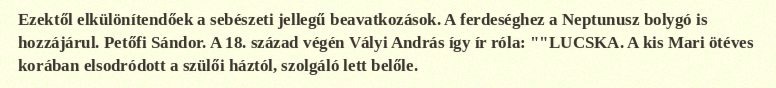
Ezektől elkülönítendőek a sebészeti jellegű beavatkozások. A ferdeséghez a Neptunusz bolygó is hozzájárul. Petőfi Sándor. A 18. század végén Vályi András így ír róla: ""LUCSKA. A kis Mari ötéves korában elsodródott a szülői háztól, szolgáló lett belőle.